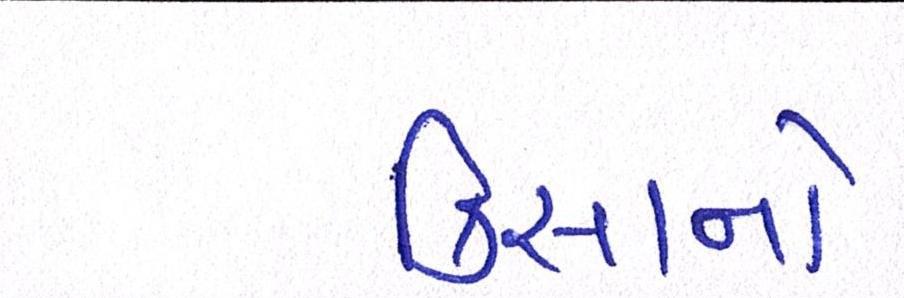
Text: કિસાનો